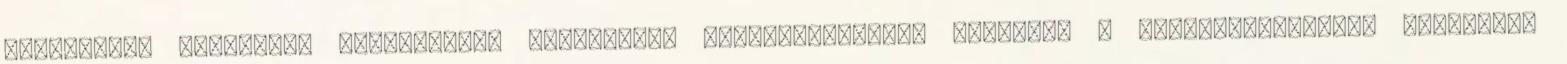
fennmaradt medináját személyesen felkeresse Esz-Szavírában? Kíváncsi a franciás-európai hangulatú